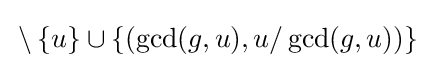
\,\setminus \,\{u\}\cup \{(\gcd(g,u),u/\gcd(g,u))\}